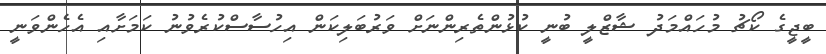
ބީޖީގެ ކޯޗު މުހައްމަދު ޝާޒްލީ ބުނީ ކުޅުންތެރިންނަށް ވަރުބަލިކަން އިހުސާސްކުރެވުނު ކަމަށާއި އެހެންވަނީ